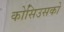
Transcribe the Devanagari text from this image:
कोसिउसको